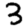
Digit: 3